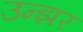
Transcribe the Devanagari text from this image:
उन्झर